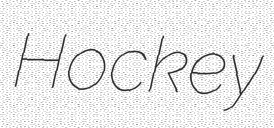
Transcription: Hockey